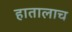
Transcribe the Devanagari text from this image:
हातालाच